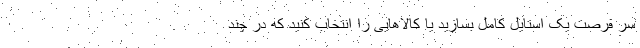
سر فرصت یک استایل کامل بسازید یا کالاهایی را انتخاب کنید که در چند